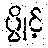
ပွိုင့်